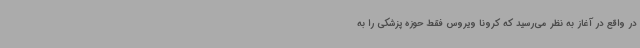
در واقع در آغاز به نظر می‌رسید که کرونا ویروس فقط حوزه پزشکی را به